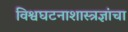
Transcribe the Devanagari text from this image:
विश्वघटनाशास्त्रज्ञांचा